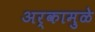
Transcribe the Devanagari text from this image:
अर्कामुळे